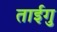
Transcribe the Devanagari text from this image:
ताईगु